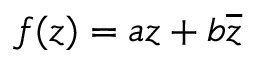
f ( z ) = a z + b { \overline { { z } } }